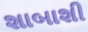
શાબાશી